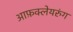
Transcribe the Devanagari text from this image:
आफ़क्लेयरुंग